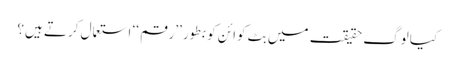
کیا لوگ حقیقت میں بِٹ کوائن کو بطور ’’رقم ‘‘ استعمال کرتے ہیں؟